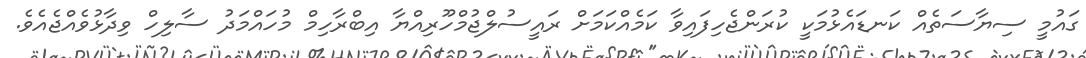
ގައުމީ ސިޔާސަތެއް ކަނޑައެޅުމަކީ ކުރަންޖެހިފައިވާ ކަމެއްކަމަށް ރައީސުލްޖުމްހޫރިއްޔާ އިބްރާހިމް މުހައްމަދު ސާލިހް ވިދާޅުވެއްޖެއެވެ.